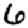
Digit: 6